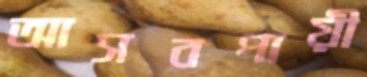
আসবপায়ী